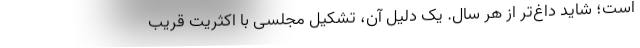
است؛ شاید داغ‌تر از هر سال. یک دلیل آن، تشکیل مجلسی با اکثریت قریب